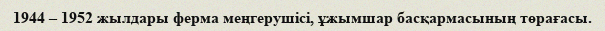
1944 – 1952 жылдары ферма меңгерушісі, ұжымшар басқармасының төрағасы.